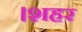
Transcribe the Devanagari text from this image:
।शहर